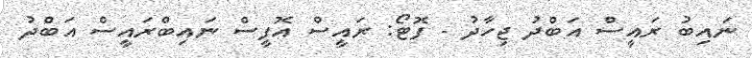
ނައިބު ރައީސް އަބްދު ޖިހާދު - ފޮޓޯ: ރައީސް އޮފީސް ނައިބްރައީސް އަބްދު